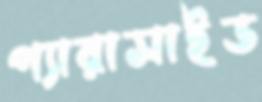
প্যারাসাইড